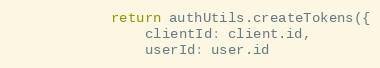
Language: JavaScript
            return authUtils.createTokens({
                clientId: client.id,
                userId: user.id